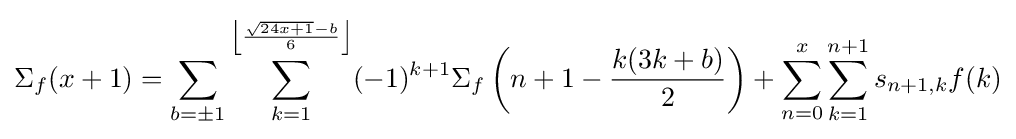
\Sigma _{f}(x+1)=\sum _{b=\pm 1}\sum _{k=1}^{\left\lfloor {\frac {{\sqrt {24x+1}}-b}{6}}\right\rfloor }(-1)^{k+1}\Sigma _{f}\left(n+1-{\frac {k(3k+b)}{2}}\right)+\sum _{n=0}^{x}\sum _{k=1}^{n+1}s_{n+1,k}f(k)